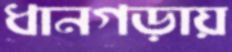
ধানগড়ায়